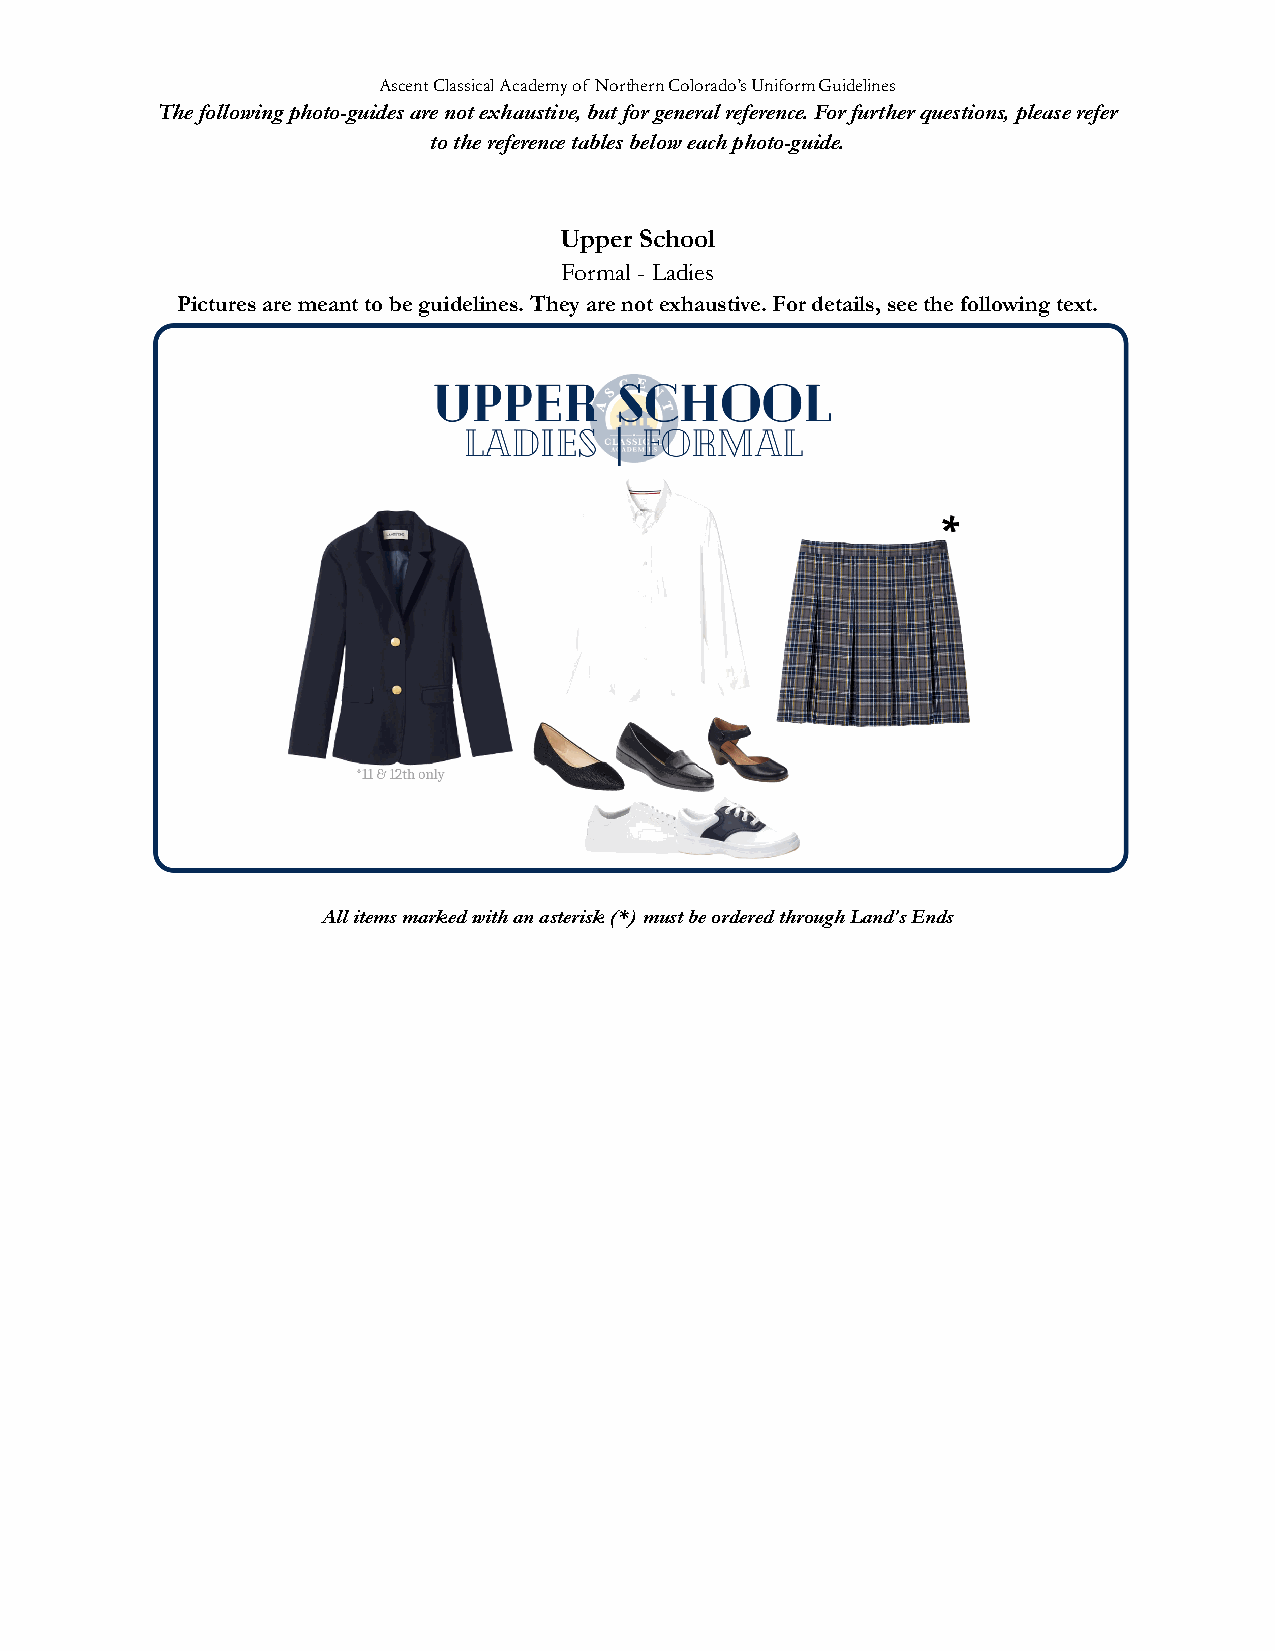
Ascent Classical Academy of Northern Colorado’s UniformGuidelines
 The following photo-guides are not exhaustive, butfor general reference. For further questions, pleaserefer
 to the reference tables below each photo-guide.
 Upper School
 Formal - Ladies
 Pictures are meant to be guidelines. They are notexhaustive. For details, see the following text.
 All items marked with an asterisk (*) must be orderedthrough Land’s Ends